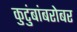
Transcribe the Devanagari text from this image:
कुटुंबांबरोबर